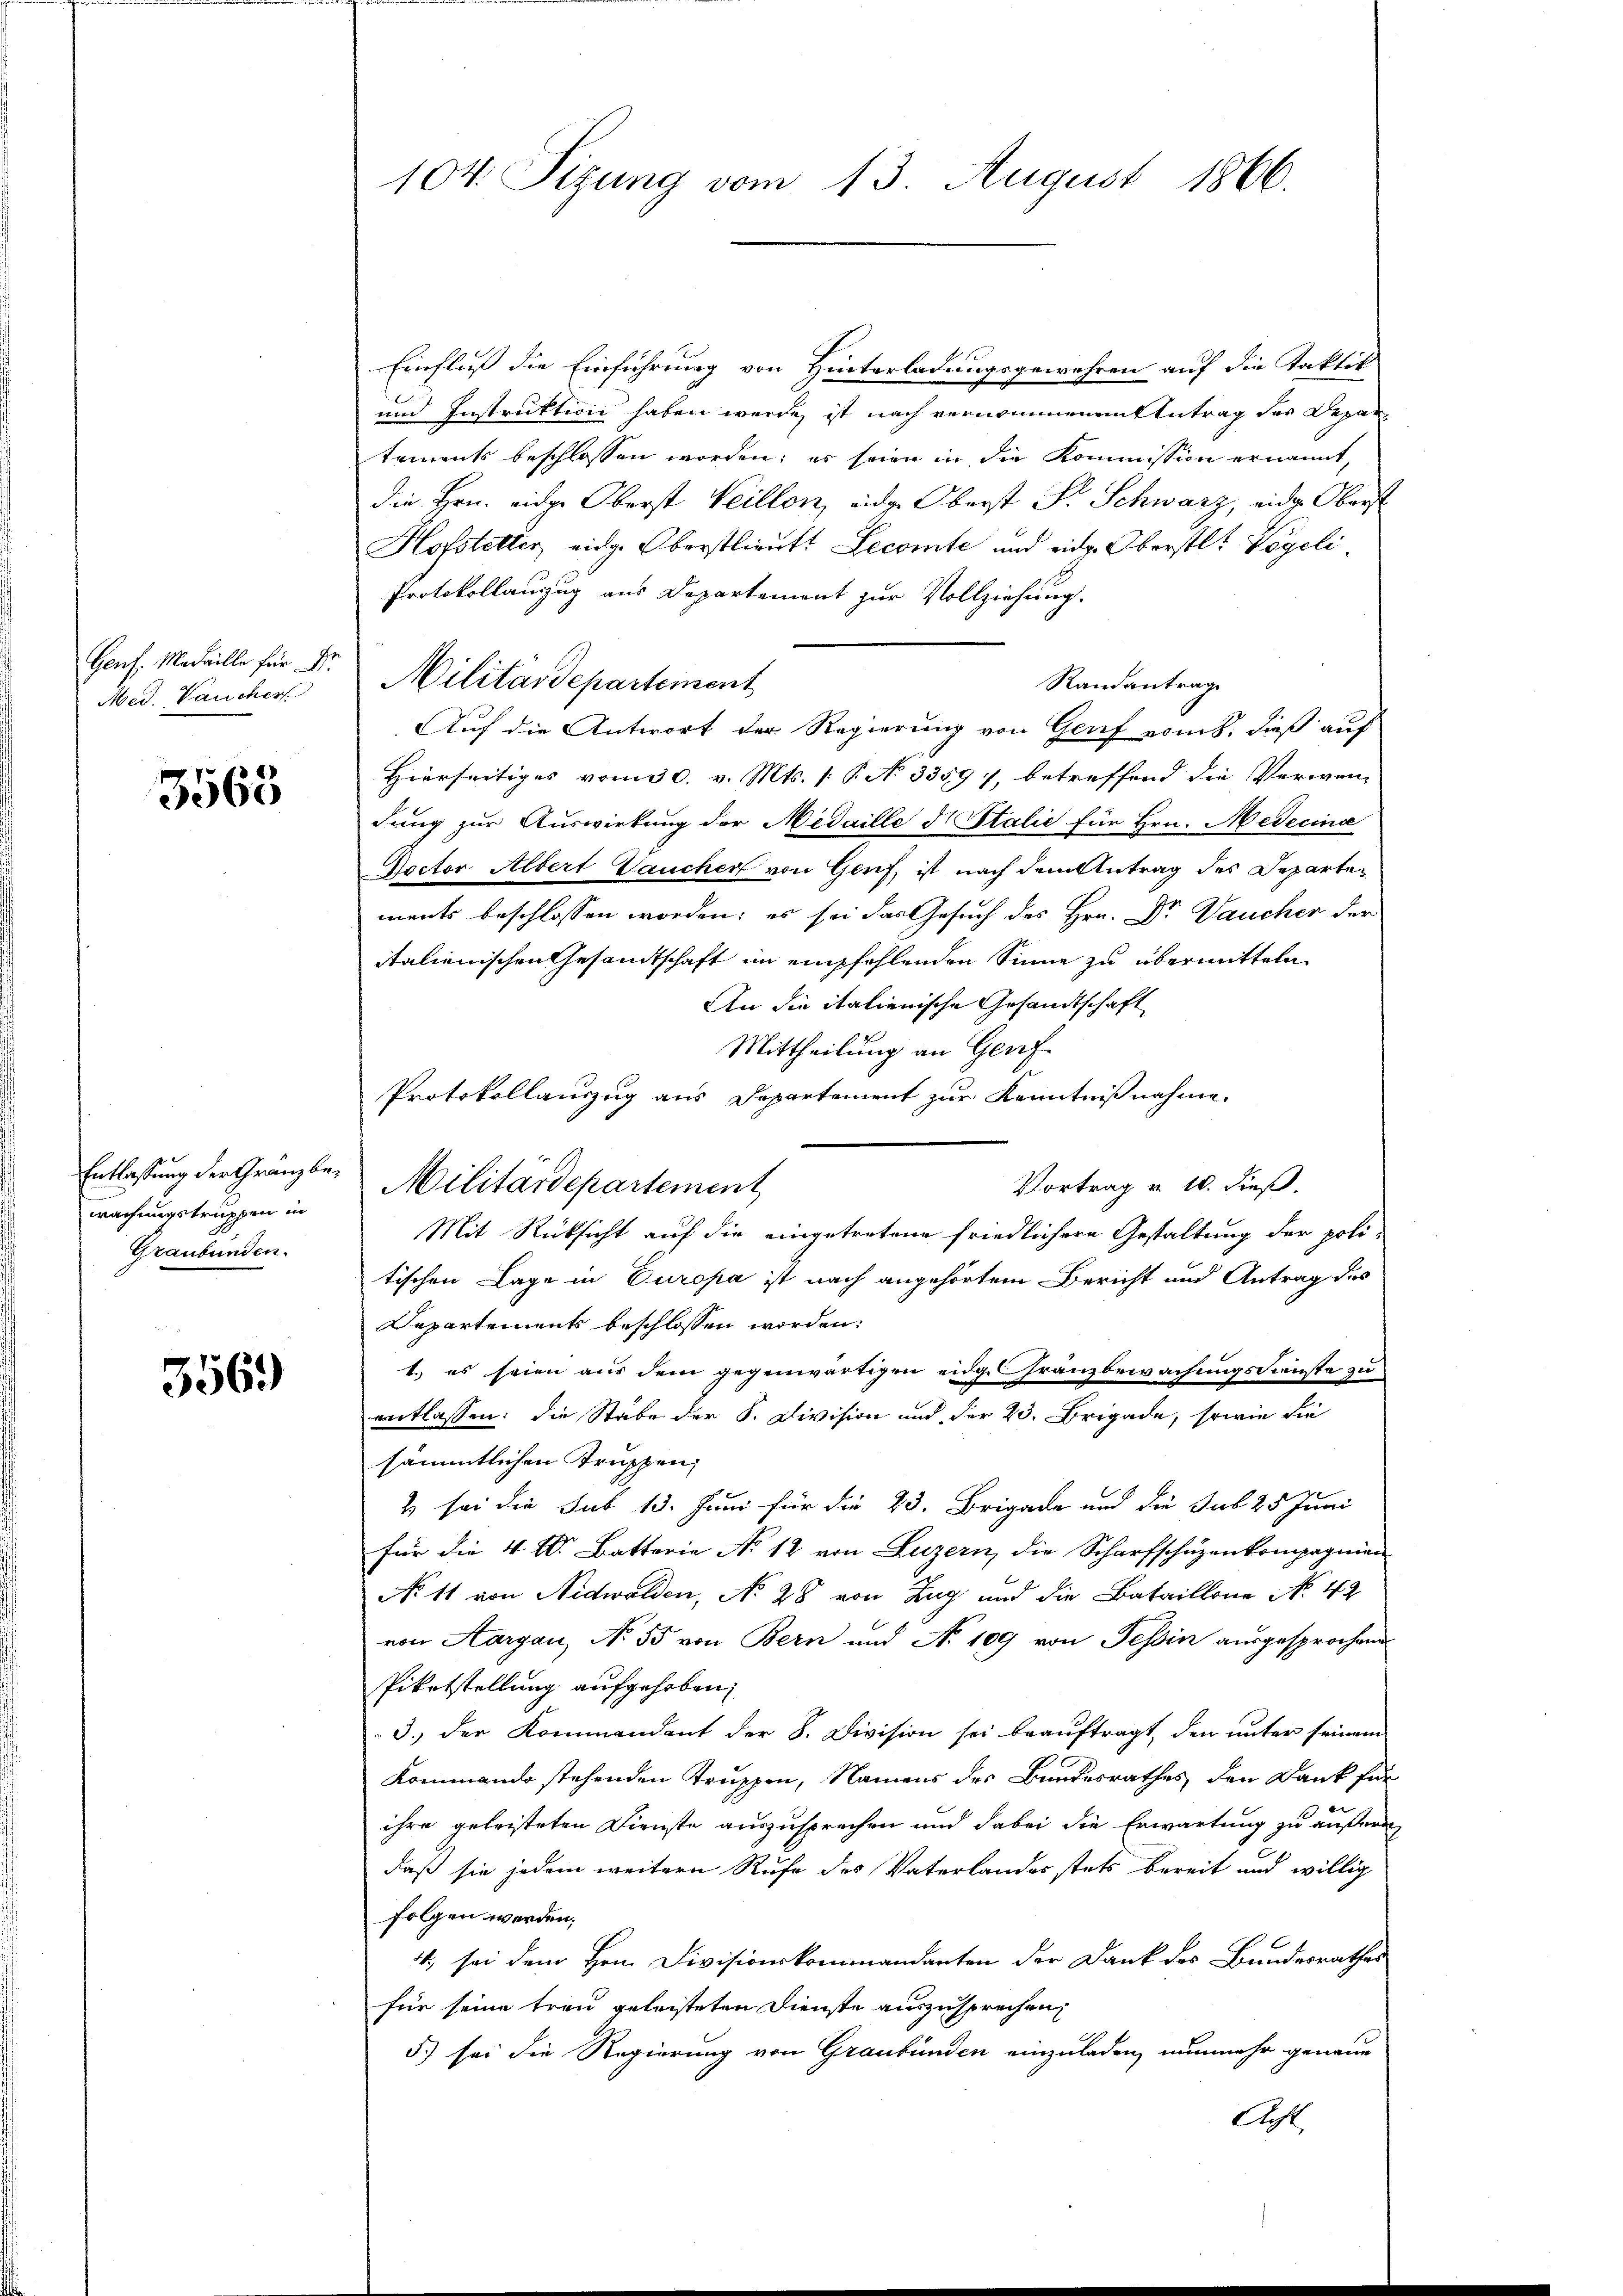
Genf alle für
Med. Taucher

3563

Entlassung der Gränzbewachungstruppen in
Graubünden.

3569

104. Sizung vom 13. August 1866.

Einfluss die Einführung von Hinterladungsgewähren auf die Taktik
und Instruktion haben werde, ist nach vernommenen Antrag der Depar
tements beschlossen worden; es seine in die Kommission ernannt,
die Hrn. eidge Oberst Weillon, eidg. Oberst Fr. Schwarz, eidg. Oberst
Hofstetter eidg. Oberstlieutt Lecomte und eid. Oberstlt Vögeli
Protokollanzug aus Departement zur Vollziehung.
Militärdepartement
Randantrag
Auf die Antwort der Regierung von Genf erint, dieß auf
Hierseitiges vom 30. v. Mts. 1 P. N. 3359), betreffend die Verwen-
dung zur Auswirkung der Medaille Italie für Hrn. Medecina
Doctor Albert aucher von Genf, ist nach dem Antrag des Departements beschlossen worden; es sei das Gesuch des Hrn. Dr Bauchen der
italienischen Gesamtschaft im empfehlenden Sinne zu übermitteln
An die italienische Gesandtschaft
t
Mittheilung an Genf
Protokollauszug aus Departement zur Kenntnißnahme.
Vortrag v. 10. dieß.
Militärdepartement
Mit Rücksicht auf die eingetretene friedlichere Gestaltung der poli-
tischen Lage in Europa ist nach angehörtem Bericht und Antrag des
Departements beschlossen worden:
1.) es seien aus dem gegenwärtigen eidge Franzbewachungsdienste zu
eertlassen: die Stabe der S. Division und der 23. Brigade, sowie die
sämmtlichen Truppen,
2 sei die Sub 15. Juni für die 23. Brigade und die sub 25 Juni
für die 4 l. Batterie No 12 von Luzern, die Scharfschuzenkompagnien
No 11 von Nidwalden, No 28 von Zug und die Bataillone No 49
von Aargau, No 55 von Bern und No 109 von Tessin ausgesprochend
Pikatstellung aufgehoben,
3.) Der Kommandant der 8. Division sei beaŭftragt, den unter seinem
Kommando stehenden Truppen, Namens des Bundesrathes den Dank für
ihre geleisteten Dienste auszusprechen und dabei die Erwartung zu äußern
daß sie jedem weitern Rufe des Vaterlandes stets bereit und willig
folgen werden.
4., sei dem Hrn. Divisionskommandanten der Dank des Bundesrathes
für seine treu geleisteten Dienste auszusprechen,
5.) sei die Regierung von Graubünden einzuladen, nunmehr genaue
Acht